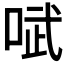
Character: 𫪗